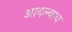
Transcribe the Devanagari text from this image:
आदल्याच